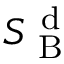
S _ { \mathrm { ~ B ~ } } ^ { \mathrm { ~ d ~ } }